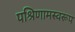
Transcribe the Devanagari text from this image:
पश्रिणामस्वरूप